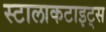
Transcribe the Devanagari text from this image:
स्टालाकटाइट्स